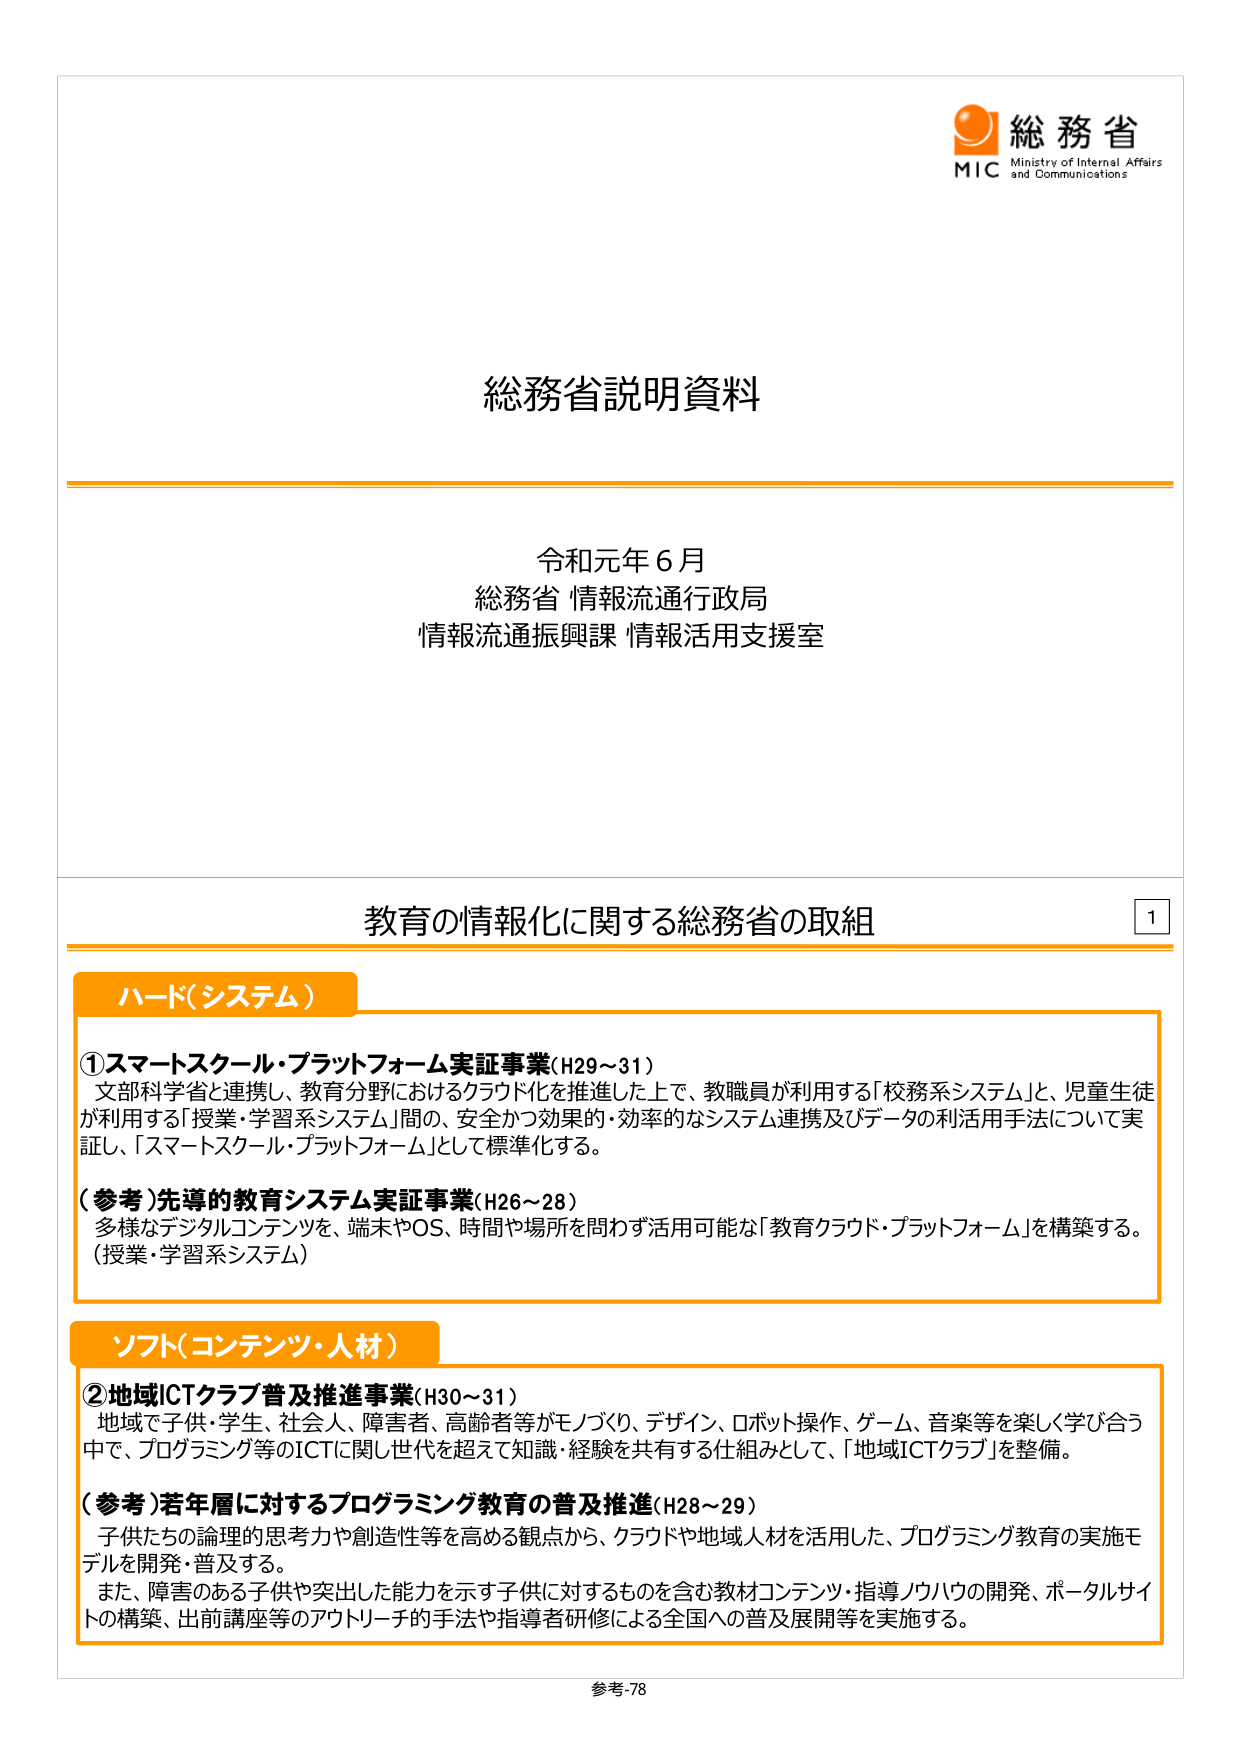
総務省
MIC Ministry of Internal Affairs and Communications

総務省説明資料

令和元年６月
総務省 情報流通行政局
情報流通振興課 情報活用支援室

教育の情報化に関する総務省の取組 1

ハード（システム）

①スマートスクール・プラットフォーム実証事業（H29～31）
文部科学省と連携し、教育分野におけるクラウド化を推進した上で、教職員が利用する「校務系システム」と、児童生徒が利用する「授業・学習系システム」間の、安全かつ効果的・効率的なシステム連携及びデータの利活用手法について実証し、「スマートスクール・プラットフォーム」として標準化する。

（参考）先導的教育システム実証事業（H26～28）
多様なデジタルコンテンツを、端末やOS、時間や場所を問わず活用可能な「教育クラウド・プラットフォーム」を構築する。
（授業・学習系システム）

ソフト（コンテンツ・人材）

②地域ICTクラブ普及推進事業（H30～31）
地域で子供・学生、社会人、障害者、高齢者等がモノづくり、デザイン、ロボット操作、ゲーム、音楽等を楽しく学び合う中で、プログラミング等のICTに関し世代を超えて知識・経験を共有する仕組みとして、「地域ICTクラブ」を整備。

（参考）若年層に対するプログラミング教育の普及推進（H28～29）
子供たちの論理的思考力や創造性等を高める観点から、クラウドや地域人材を活用した、プログラミング教育の実施モデルを開発・普及する。
また、障害のある子供や突出した能力を示す子供に対するものを含む教材コンテンツ・指導ノウハウの開発、ポータルサイトの構築、出前講座等のアクトリーチの手法や指導者研修による全国への普及展開等を実施する。

参考-78